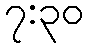
၇:၃၀